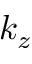
k _ { z }